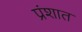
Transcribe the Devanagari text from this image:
प्रंशात